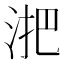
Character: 𬇫